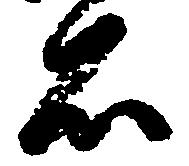
石